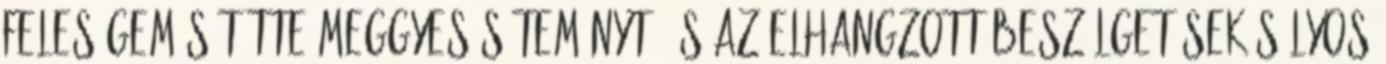
feleségem sütöt­te meggyes süteményt, és az elhangzott beszélgetések súlyos